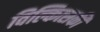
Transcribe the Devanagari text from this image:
विल्कित्सकी